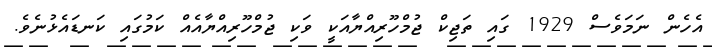
އެހެން ނަމަވެސް 1929 ގައި ތަޖިކް ޖުމްހޫރިއްޔާއަކީ ވަކި ޖުމްހޫރިއްޔާއެއް ކަމުގައި ކަނޑައެޅުނެވެ.